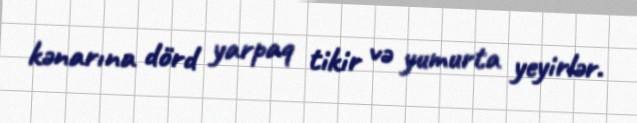
kənarına dörd yarpaq tikir və yumurta yeyirlər.